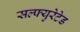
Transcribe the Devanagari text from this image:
सल्फ्युरेटेड